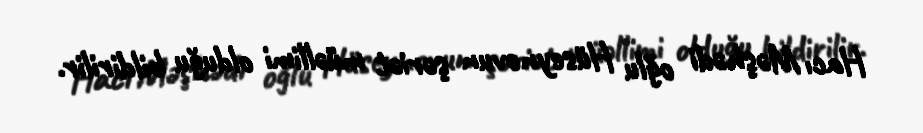
Hacı Məşhədi oğlu Hüseynovun şəriət müəllimi olduğu bildirilir.